Annual administration report of the Civil Veterinary Department, Sind - 1939-1940
Year: 1939
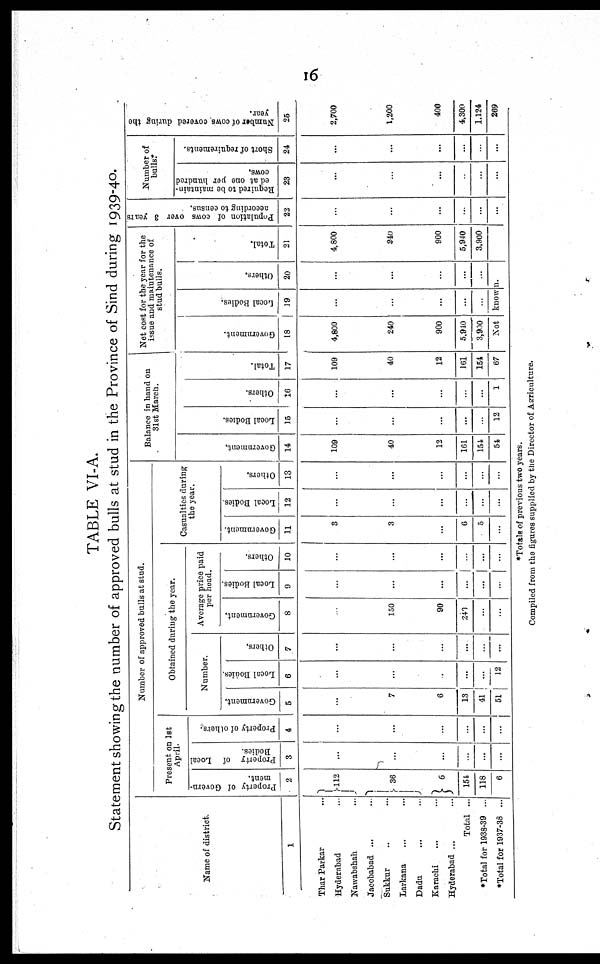
16
TABLE VI-A.
Statement showing the number of approved bulls at stud in the Province of Sind during 1939-40.
Name of district.
1
Thar Parkar ...
Hyderabad ...
Nawabshah ...
Jacobabad ... ...
Sukkur ... ...
Larkana ... ...
Dadu ... ...
Karachi ... ...
Hyderabad ... ...
Total ...
*Total for 1938-39 ...
*Total for 1937-38 ...
Number of approved bulls at stud.
Present on 1st
April.
Property of Govern¬
ment.
2
112
36
6
154
118
6
Property of Local
Bodies.
3
...
...
...
...
...
...
Property of others.
4
...
...
...
...
...
...
Obtained during the year.
Number.
Government.
5
...
7
6
13
41
51
Local Bodies.
6
...
...
...
...
...
12
Others.
7
...
...
...
...
...
...
Average price paid
per head.
Government.
8
...
150
90
240
...
...
Local Bodies.
9
...
...
...
...
...
...
Others.
10
...
...
...
...
...
...
Casualties during
the year.
Government.
11
3
3
...
6
5
...
Local Bodies.
12
...
...
...
...
...
...
Others.
13
...
...
...
...
...
...
Balance in hand on
31st March.
Go v e r
n me n t.
14
109
40
12
161
154
54
Local Bodi es .
15
...
...
...
...
...
12
Ot her s .
16
...
...
...
...
...
1
Tot al .
17
109
40
12
161
154
67
Net cost for the year for the
issue and maintenance of
stud bulls.
Go v e r
n me n t.
18
4,800
240
900
5,910
3,900
Local Bodies.
19
...
...
...
...
...
Ot her s .
20
...
...
...
...
...
Not known.
Total.
21
4,800
240
900
5,940
3,900
Population of cows over 3 years
according to census.
22
...
...
...
...
...
...
Number of
bulls
Required to be maintain¬
ed at one per hundred
cows.
23
...
...
...
...
...
...
Short of requirements.
24
...
...
...
...
...
...
Number of cows covered during the
year.
25
2,700
1,200
400
4,300
1,124
269
*Totals of previous two years.
Compiled from the figures supplied by the Director of Agriculture.